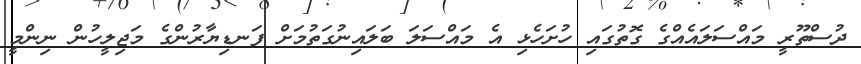
ދުސްތޫރީ މައްސަލައެއްގެ ގޮތުގައި ހުށަހެޅި އެ މައްސަލަ ބަލައިނުގަތުމަށް ފަނޑިޔާރުންގެ މަޖިލީހުން ނިންމީ